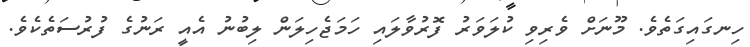
ހިނގައިގަތެވެ. މޫނަށް ވެރިވި ކުލަވަރު ފޮރުވާލައި ހަމަޖެހިލަން ލިބުނު އެއީ ރަނުގެ ފުރުސަތެކެވެ.